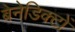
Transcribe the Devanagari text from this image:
बेनेडिक्टों